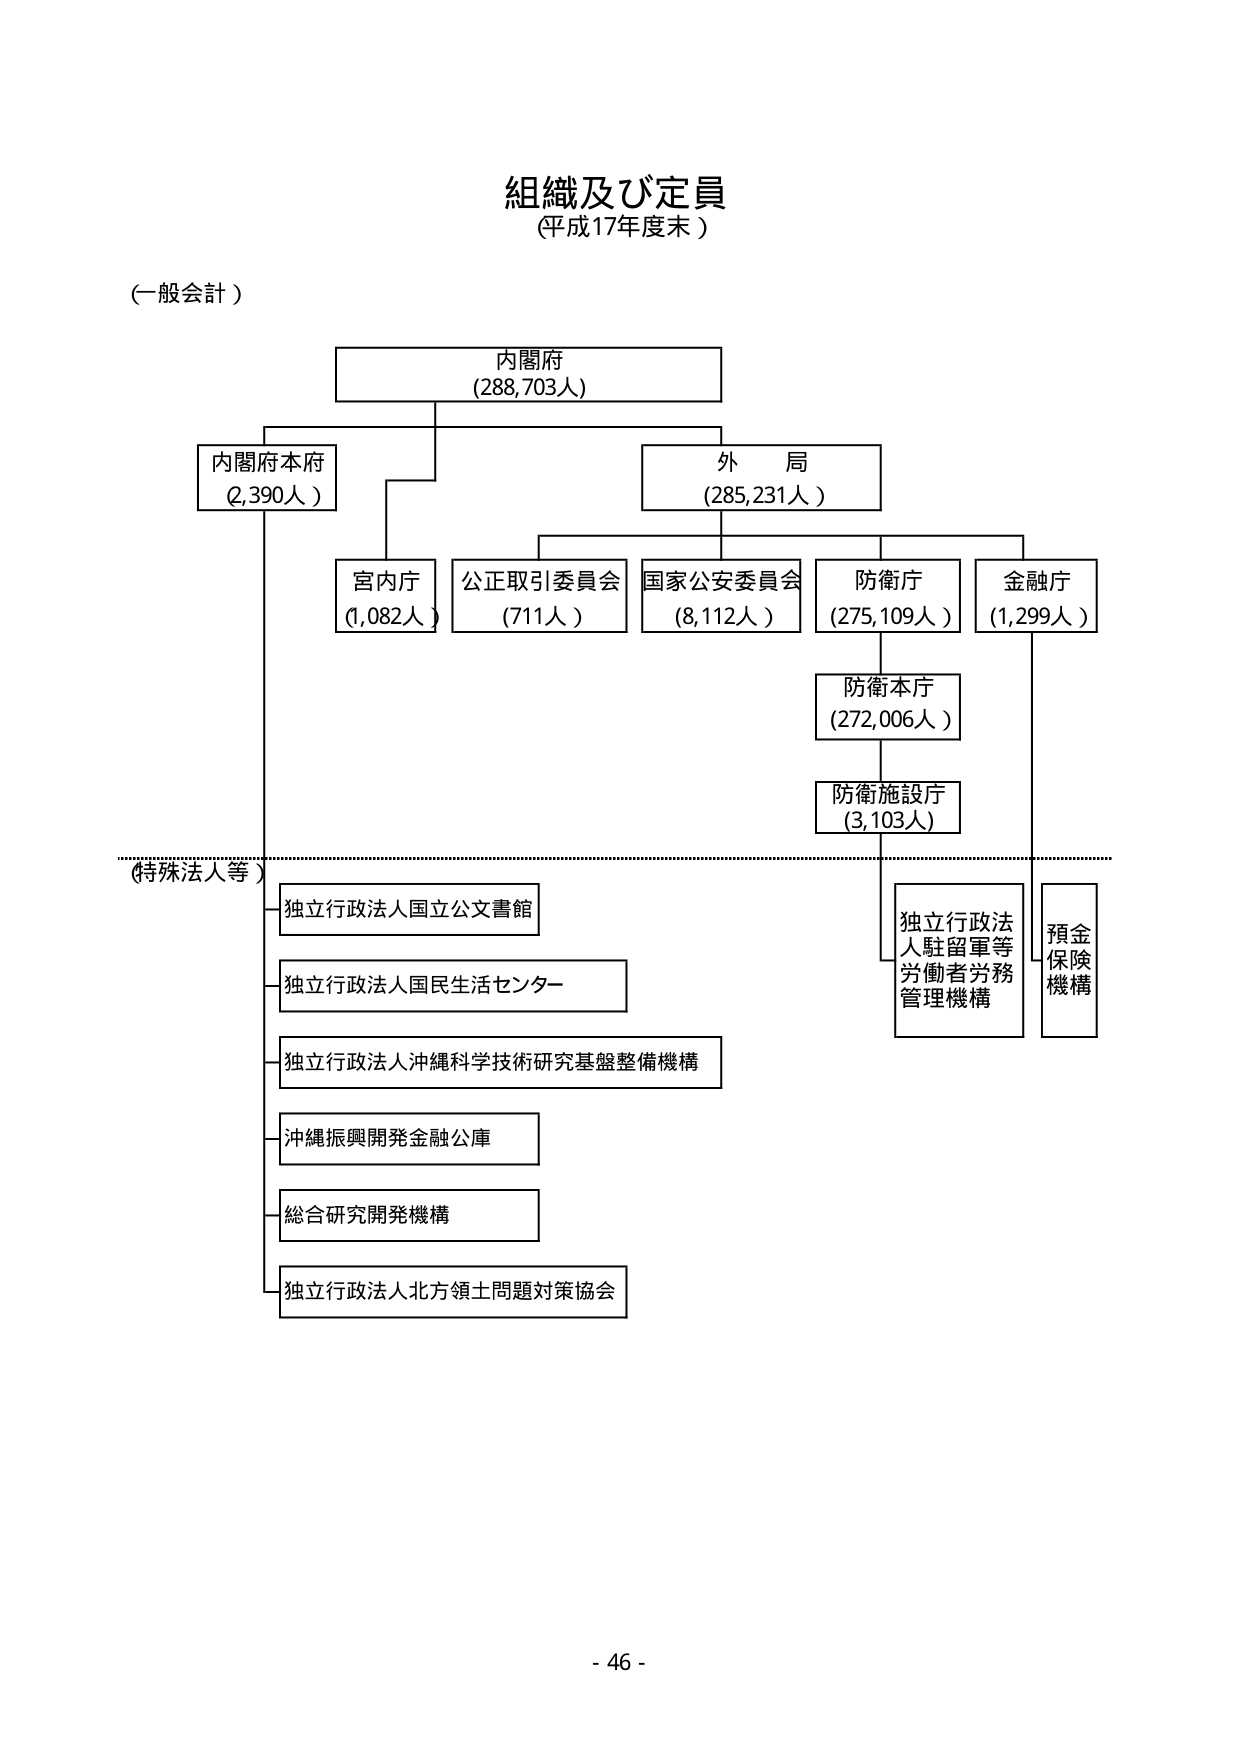
組織及び定員
（平成17年度末）

（一般会計）

内閣府
（288,703人）

内閣府本府
（2,390人）

外局
（285,231人）

宮内庁
（1,082人）

公正取引委員会
（711人）

国家公安委員会
（8,112人）

防衛庁
（275,109人）

金融庁
（1,299人）

防衛本庁
（272,006人）

防衛施設庁
（3,103人）

（特殊法人等）

独立行政法人国立公文書館

独立行政法人国民生活センター

独立行政法人沖縄科学技術研究基盤整備機構

沖縄振興開発金融公庫

総合研究開発機構

独立行政法人北方領土問題対策協会

独立行政法人駐留軍等労働者労務管理機構

預金保険機構

- 46 -